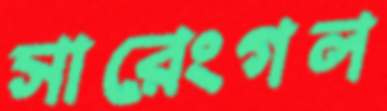
সারেংগল